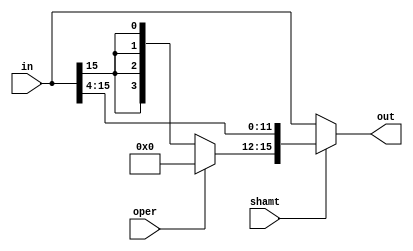
module right4 (in, shamt, oper, out);
  input [15:0]in;
  input shamt;
  input oper;
  output [15:0]out;

  assign out = shamt ? {oper ?4'b0000:{4{in[15]}}, in[15:4]}:in;
endmodule